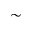
\sim